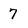
Character: 7